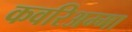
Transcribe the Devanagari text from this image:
कवरिअम्मा